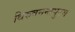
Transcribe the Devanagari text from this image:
थिरुवनन्तपुरम